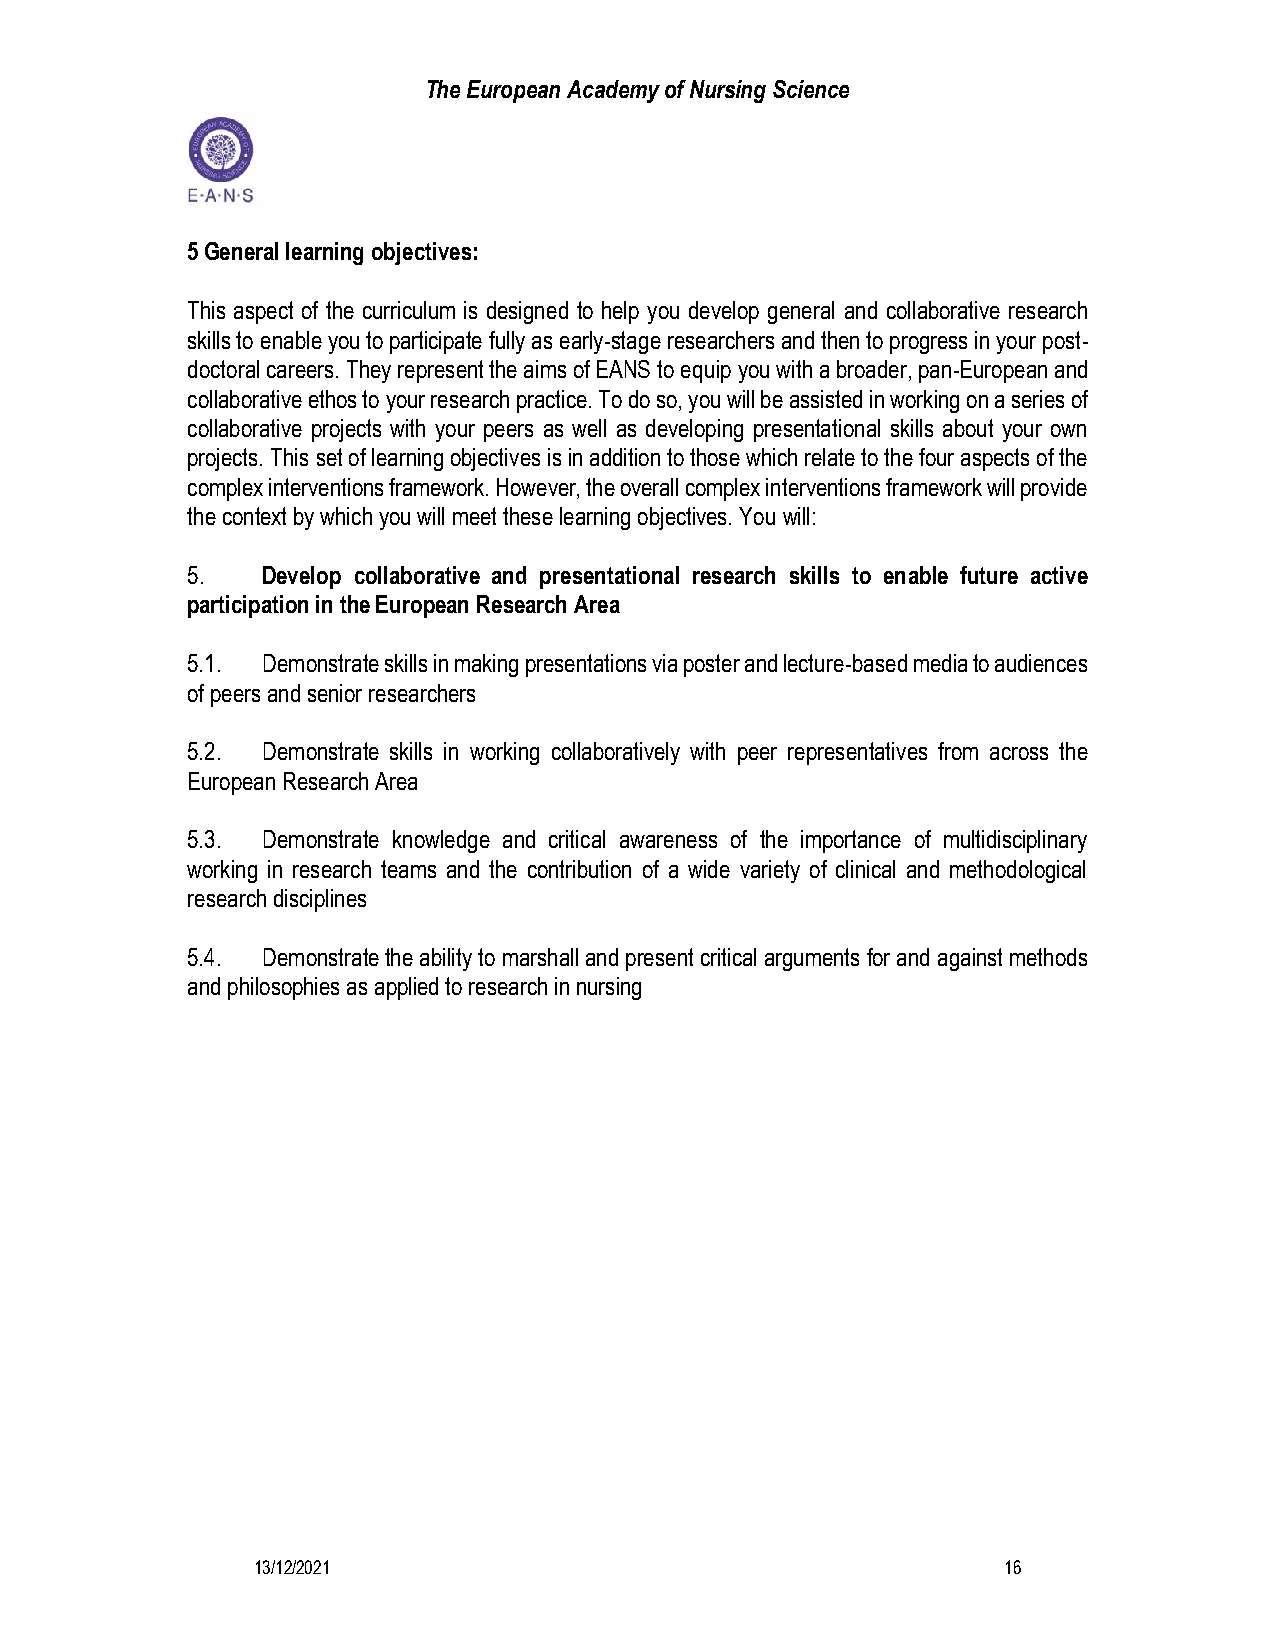
The European Academy of Nursing Science
 5 General learning objectives:
 This aspect of the curriculum is designed to help you develop general and collaborative research
 skills to enable you to participate fully as early-stage researchers and then to progress in your post-
 doctoral careers. They represent the aims of EANS to equip you with a broader, pan-European and
 collaborative ethos to your research practice. To do so, you will be assisted in working on a series of
 collaborative projects with your peers as well as developing presentational skills about your own
 projects. This set of learning objectives is in addition to those which relate to the four aspects of the
 complex interventions framework. However, the overall complex interventions framework will provide
 the context by which you will meet these learning objectives. You will:
 5.   Develop collaborative and presentational research skills to enable future active
 participation in the European Research Area
 5.1. Demonstrate skills in making presentations via poster and lecture-based media to audiences
 of peers and senior researchers
 5.2. Demonstrate skills in working collaboratively with peer representatives from across the
 European Research Area
 5.3. Demonstrate knowledge and critical awareness of the importance of multidisciplinary
 working in research teams and the contribution of a wide variety of clinical and methodological
 research disciplines
 5.4. Demonstrate the ability to marshall and present critical arguments for and against methods
 and philosophies as applied to research in nursing
 13/12/2021                                       16